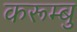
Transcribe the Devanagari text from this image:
करूम्बु